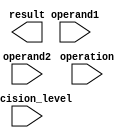
module ArithmeticBlocksMixedPrecisionFloatingPointUnit (
    input wire [31:0] operand1,
    input wire [31:0] operand2,
    input wire [3:0] precision_level,
    input wire [1:0] operation,
    output reg [31:0] result
);

// Registers for storing input operands and result values
reg [31:0] reg_operand1;
reg [31:0] reg_operand2;
reg [31:0] reg_result;

// Control signals for managing the flow of data
reg [1:0] current_operation;

// Arithmetic block for addition
always @ (posedge clk) begin
    if (current_operation == 2'b00) begin
        reg_result <= reg_operand1 + reg_operand2;
    end
end

// Arithmetic block for subtraction
always @ (posedge clk) begin
    if (current_operation == 2'b01) begin
        reg_result <= reg_operand1 - reg_operand2;
    end
end

// Arithmetic block for multiplication
always @ (posedge clk) begin
    if (current_operation == 2'b10) begin
        reg_result <= reg_operand1 * reg_operand2;
    end
end

// Arithmetic block for division
always @ (posedge clk) begin
    if (current_operation == 2'b11) begin
        reg_result <= reg_operand1 / reg_operand2;
    end
end

// Error checking mechanism
always @ (posedge clk) begin
    if (reg_result == 32'h80000000) begin
        $display("Error: Division by zero detected");
    end
end

endmodule